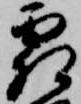
霜